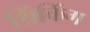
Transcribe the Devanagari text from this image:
श्रिंकिंग